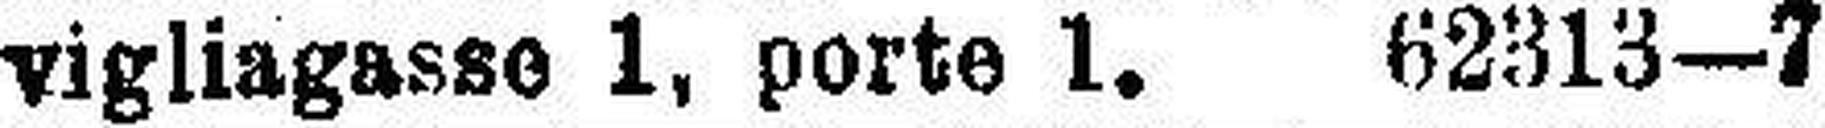
vigliagasse 1, porte 1. 62313—7